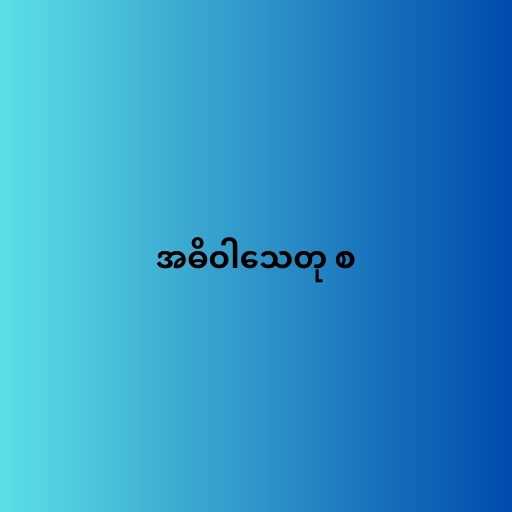
အဓိဝါသေတု စ